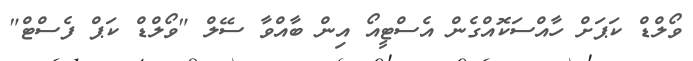
ވޯލްޑް ކަޕަށް ހާއްސަކޮއްގެން އެސްޓީއޯ އިން ބާއްވާ ސޭލް "ވޯލްޑް ކަޕް ފެސްޓް"